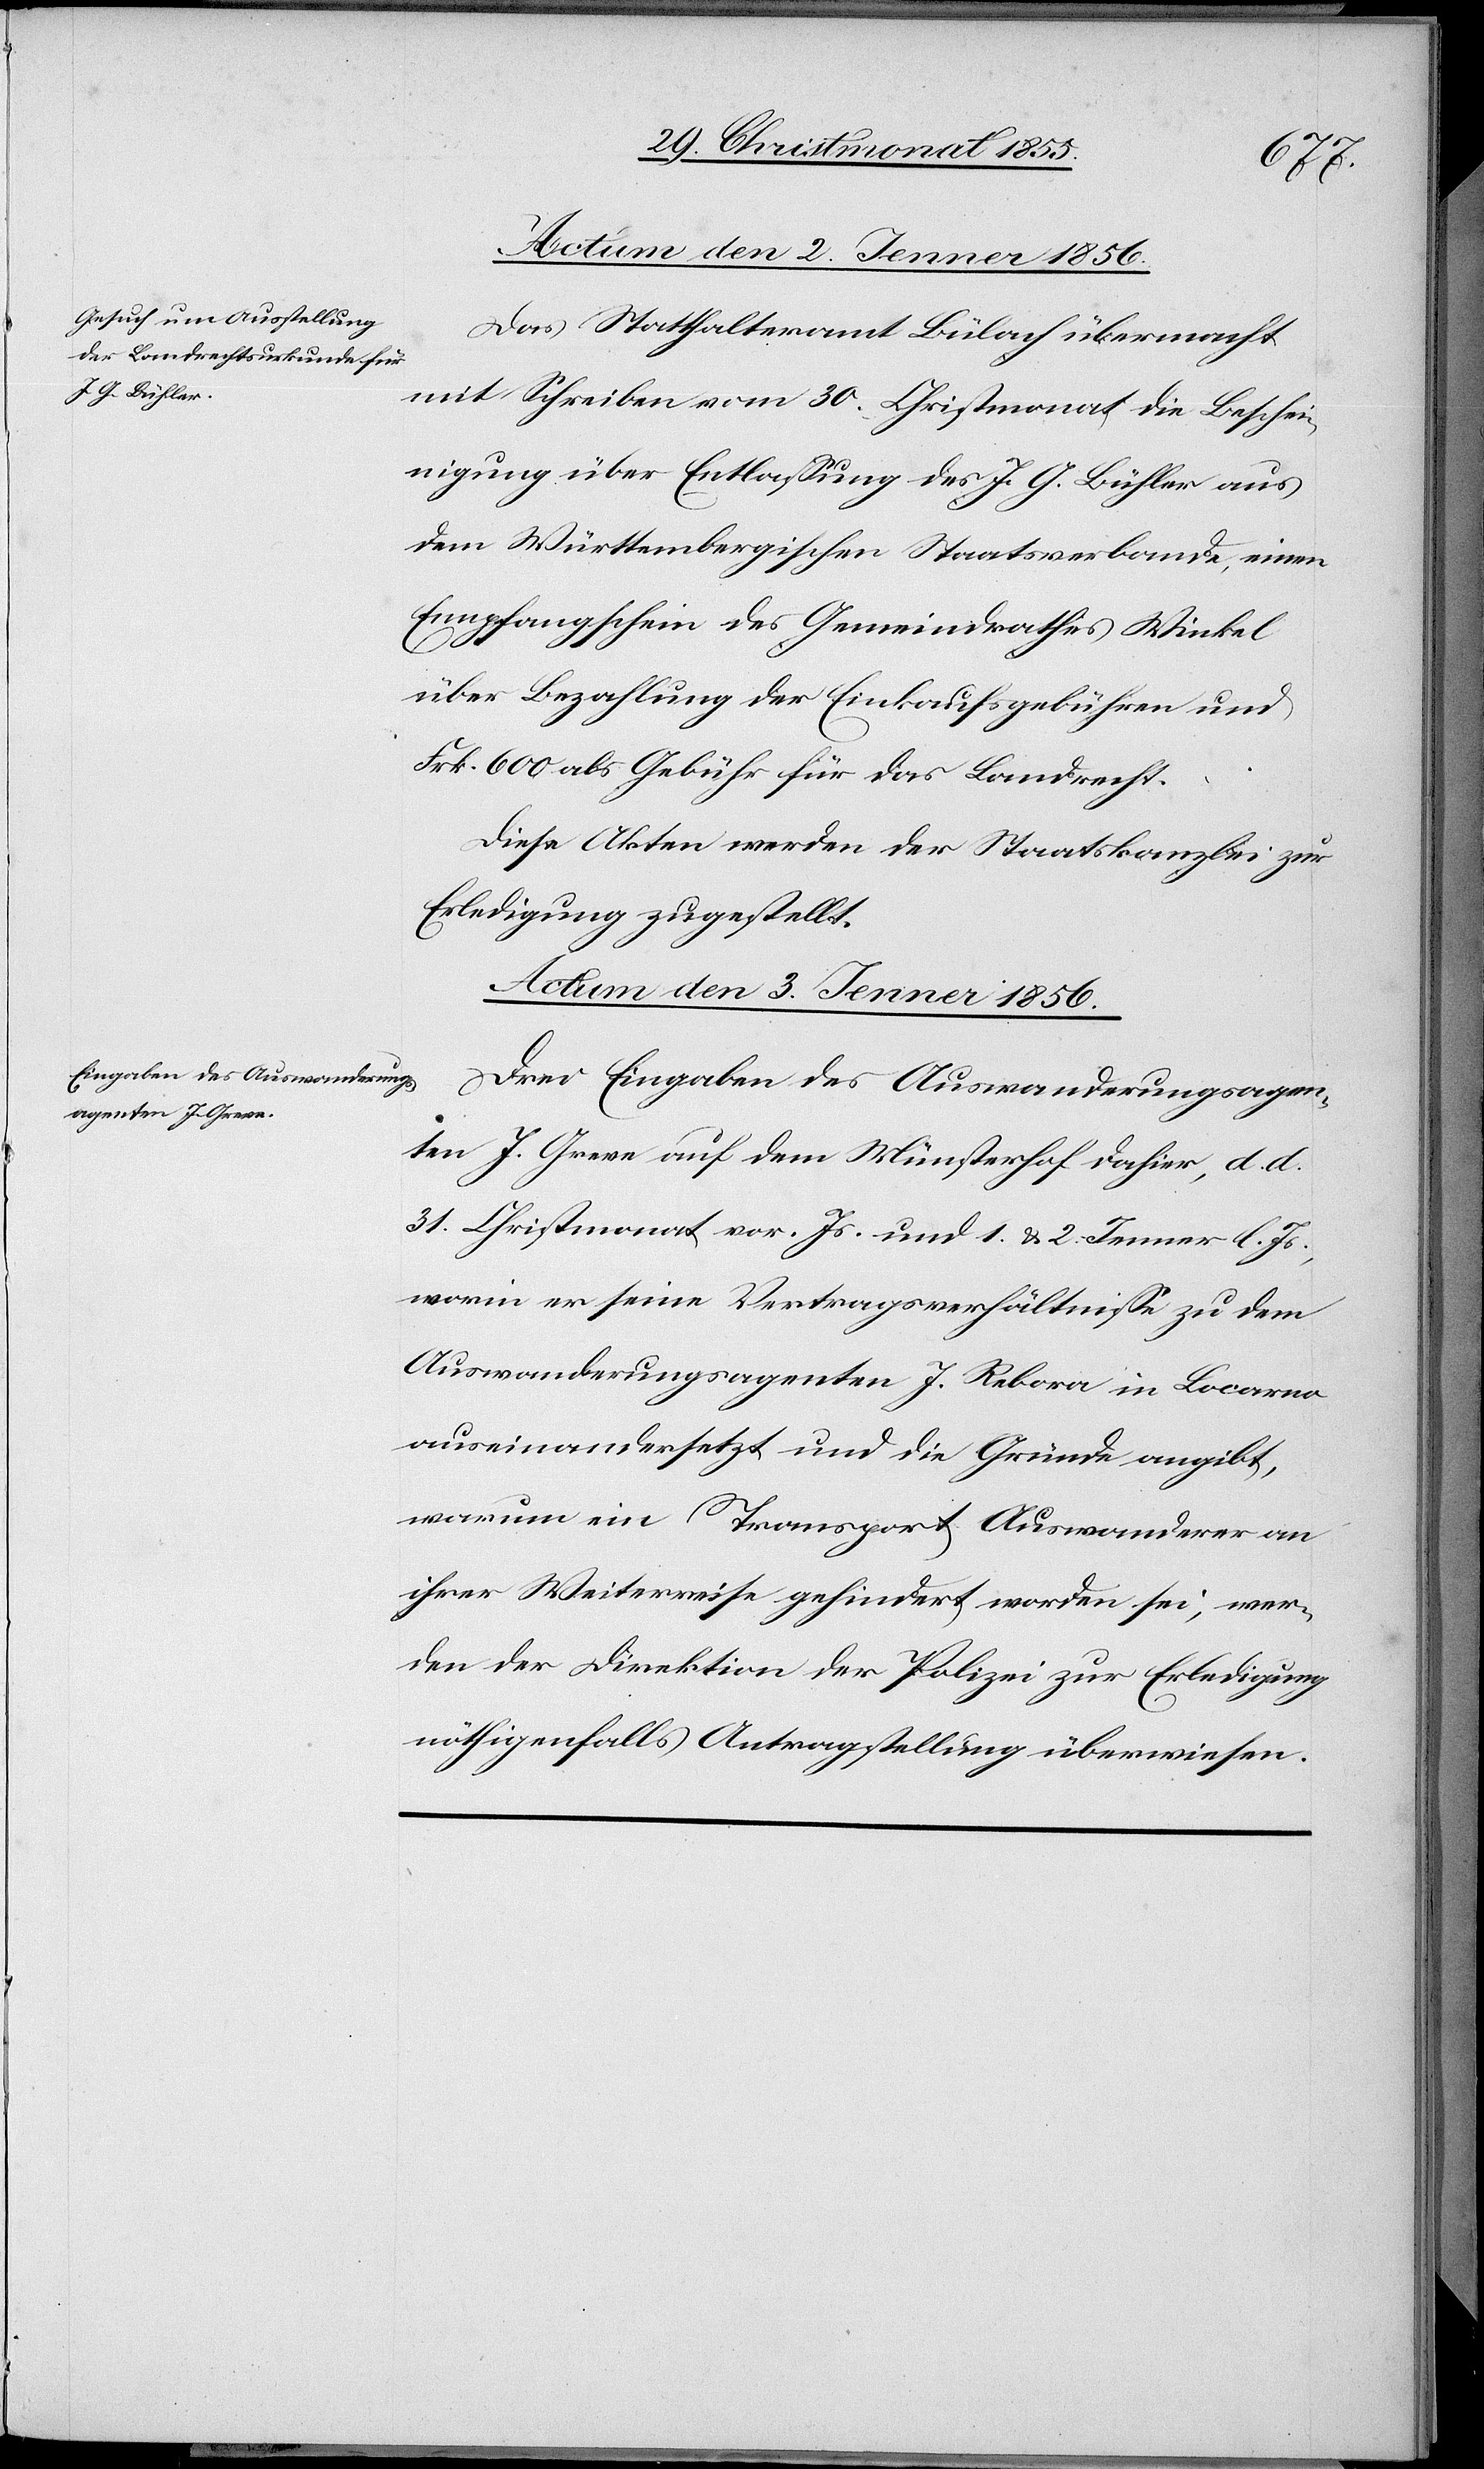
Das Statthalteramt Bülach übermacht
mit Schreiben vom 30. Christmonat die Beschei¬
nigung über Entlassung des J. G. Bühler aus
dem Württembergischen Staatsverbande, einen
Empfangschein des Gemeindrathes Winkel
über Bezahlung der Einkaufsgebühren und
Frk. 600 als Gebühr für das Landrecht.
Diese Akten werden der Staatskanzlei zur
Erledigung zugestellt.
Actum den 3. Jenner 1856.
Drei Eingaben des Auswanderungsagen¬
ten J. Greve auf dem Münsterhof dahier, d. d.
31. Christmonat vor. Js. und 1. & 2. Jenner l. Js.
worin er seine Vertragsverhältnisse zu dem
Auswanderungsagenten J. Rebora in Locarno
auseinandersetzt und die Gründe angibt,
warum ein Transport Auswanderer an
ihrer Weiterreise gehindert worden sei, wer¬
den der Direktion der Polizei zur Erledigung
nöthigenfalls Antragstellung überwiesen.